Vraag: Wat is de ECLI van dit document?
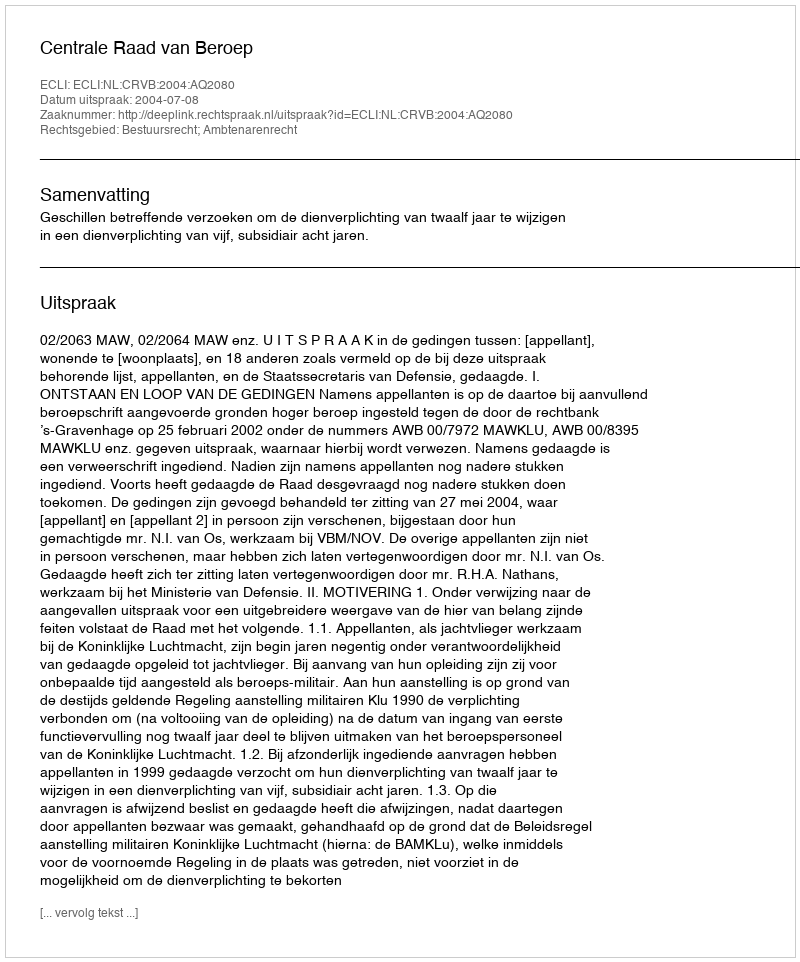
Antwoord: ECLI:NL:CRVB:2004:AQ2080